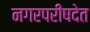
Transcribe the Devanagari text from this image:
नगरपरीषदेत